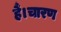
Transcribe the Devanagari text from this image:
हैं।चारण